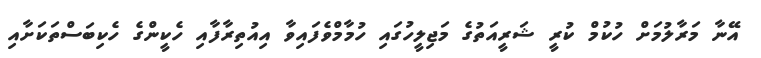
އޭނާ މަރާލުމަށް ހުކުމް ކުރީ ޝަރީއަތުގެ މަޖިލީހުގައި ހުމާމްވެފައިވާ އިއުތިރާފާއި ހެކީންގެ ހެކިބަސްތަކަށާއި